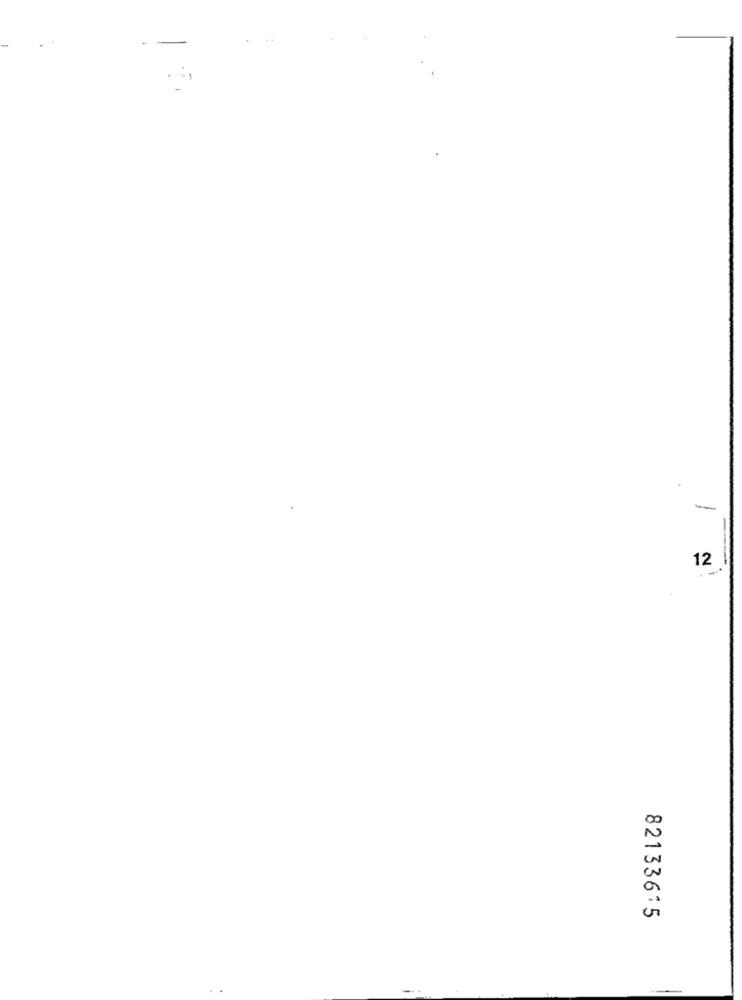
-
12
82133615